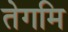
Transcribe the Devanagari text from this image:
तेगमि